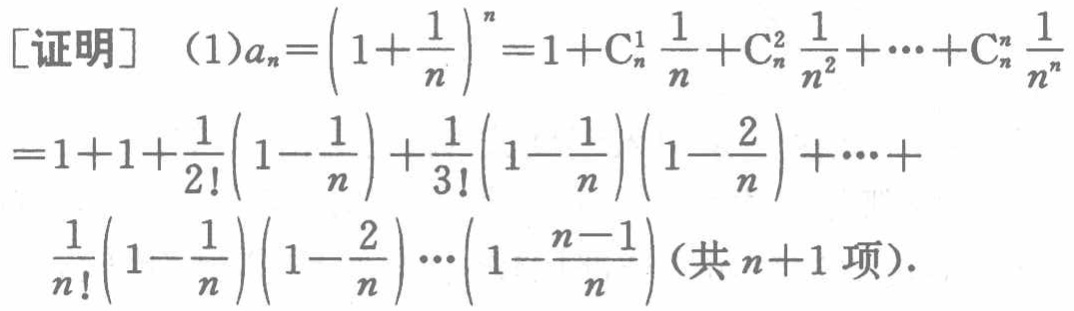
[证明] （1）\(a_{n}=\left(1+\frac{1}{n}\right)^{n}=1+\mathrm{C}_{n}^{1} \frac{1}{n}+\mathrm{C}_{n}^{2} \frac{1}{n^{2}}+\cdots+\mathrm{C}_{n}^{n} \frac{1}{n^{n}}\)
\(=1 + 1+\frac{1}{2!}\left(1-\frac{1}{n}\right)+\frac{1}{3!}\left(1-\frac{1}{n}\right)\left(1-\frac{2}{n}\right)+\cdots+\)
\(\frac{1}{n!}\left(1-\frac{1}{n}\right)\left(1-\frac{2}{n}\right)\cdots\left(1-\frac{n - 1}{n}\right)\)（共\(n + 1\)项）.